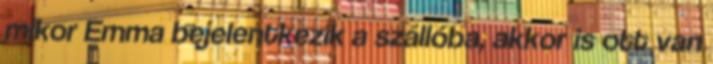
mikor Emma bejelentkezik a szállóba, akkor is ott van